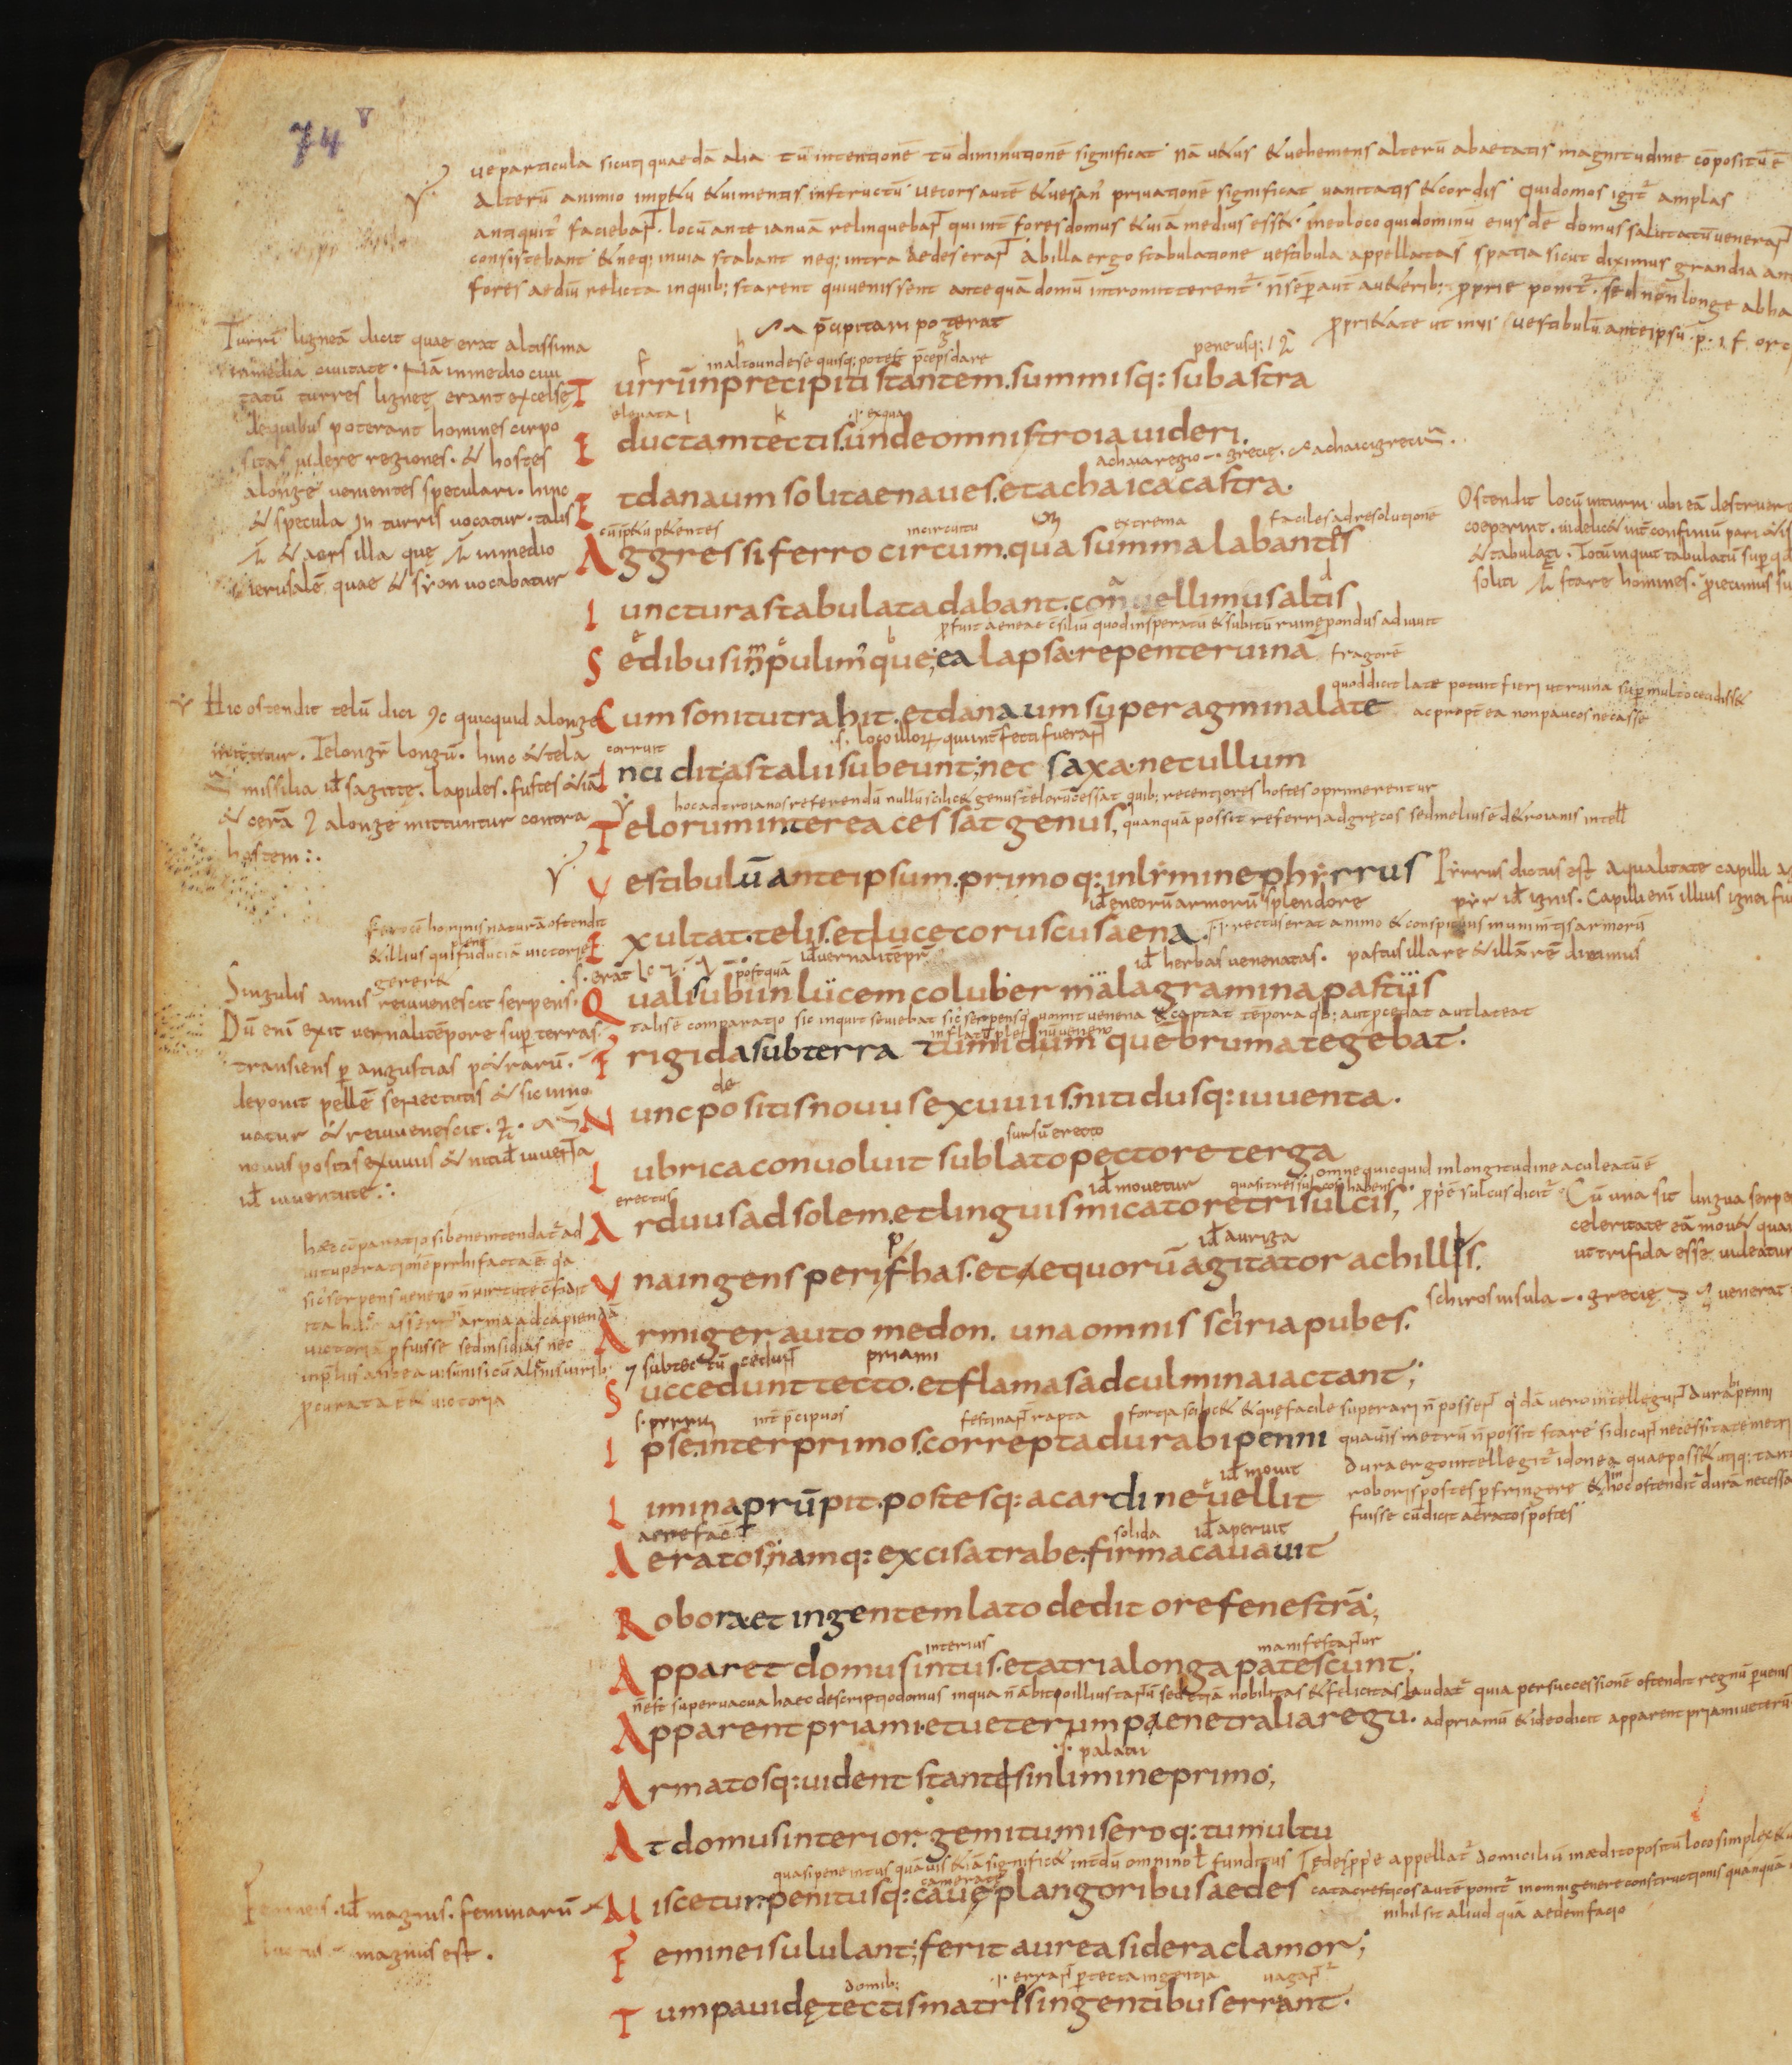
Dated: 825–849